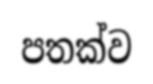
පතක්ව